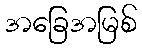
အခြေအမြစ်